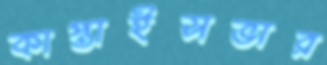
কাপ্তাইসভার